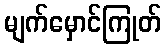
မျက်မှောင်ကြုတ်